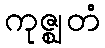
ကုဇ္ဈတံ